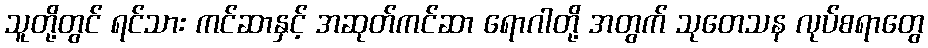
သူတို့တွင် ရင်သား ကင်ဆာနှင့် အဆုတ်ကင်ဆာ ရောဂါတို့ အတွက် သုတေသန လုပ်စရာတွေ